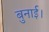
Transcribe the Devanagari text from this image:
बुनाई।